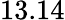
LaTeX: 13.14